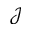
\mathcal { J }